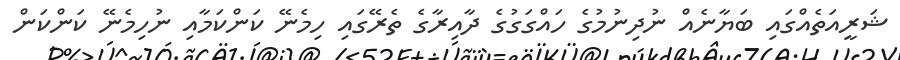
ޝަރީއަތެއްގައި ބަޔާނެއް ނުދިނުމުގެ ހައްގަގުގެ ދާއިރާގެ ތެރޭގައި ހިމެނޭ ކަންކަމާއި ނުހިމެނޭ ކަންކަން